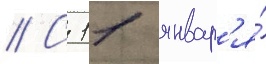
// С 11 январ'я́